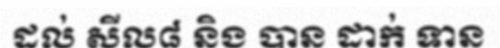
ដល់ សីល៨ និង បាន ដាក់ ទាន